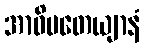
အာဓိပတေယျာနံ